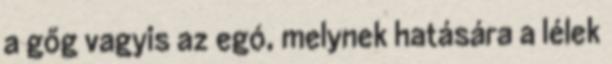
a gőg vagyis az egó, melynek hatására a lélek